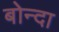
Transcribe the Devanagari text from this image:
बोन्‍दा